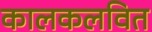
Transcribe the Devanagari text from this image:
कालकलवित